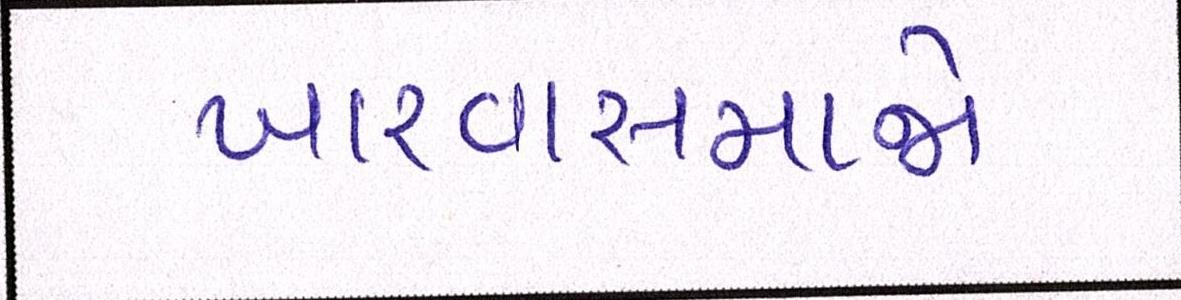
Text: ખારવાસમાજે